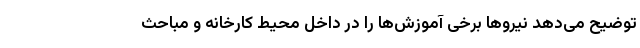
توضیح می‌دهد نیرو‌ها برخی آموزش‌ها را در داخل محیط کارخانه و مباحث